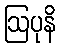
ဩပုနိ